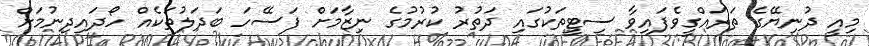
މިއީ ދުނިޔޭގެ ތަރައްގީވެފައިވާ ސިޓީތަކުގައި ދަތުރު ކުރުމުގެ ނިޒާމަށް ފަސޭހަ ބަދަލުތަކެއް ހޯދައިދިނުމަށް